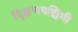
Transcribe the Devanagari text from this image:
द्क्षिणपश्चिमी